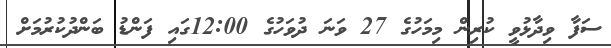
ސަފާ ވިދާޅުވީ ކުރިން މިމަހުގެ 27 ވަނަ ދުވަހުގެ 12:00ގައި ފަންޑު ބަންދުކުރުމަށް